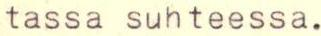
tassa suhteessa.